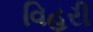
વિહરી